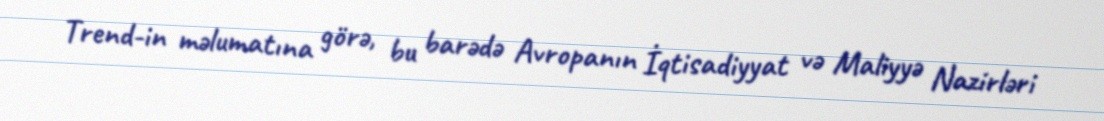
Trend-in məlumatına görə, bu barədə Avropanın İqtisadiyyat və Maliyyə Nazirləri